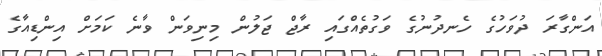
އަންގާރަ ދުވަހުގެ ހެނދުނުގެ ވަގުތެއްގައި ރާޖް ޖަލުން މިނިވަން ވާނެ ކަމަށް އިންޑިއާގެ